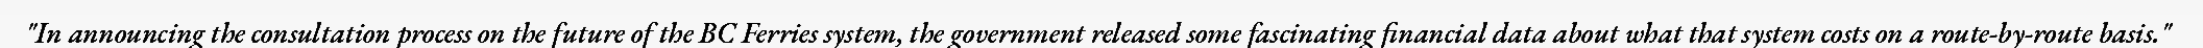
"In announcing the consultation process on the future of the BC Ferries system, the government released some fascinating financial data about what that system costs on a route-by-route basis."